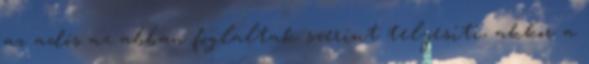
az adós az abban foglaltak szerint teljesíti, akkor a